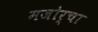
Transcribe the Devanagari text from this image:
मजोर्चा